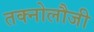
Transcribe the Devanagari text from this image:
तक्नोलौजी